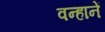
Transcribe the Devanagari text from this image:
वन्हानें